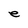
Character: e